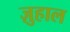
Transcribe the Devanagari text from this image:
ज़ुहाल